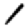
Digit: 1